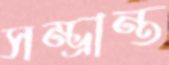
সম্ভ্রান্ত